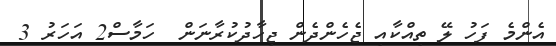
އެންމެ ފަހު ލޭ ތިއްކާއި ޖެހެންދެން ޖިހާދުކުރާނަން  ހަމާސް2 އަހަރު 3